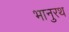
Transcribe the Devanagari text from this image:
भानुरथ